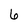
Character: 6